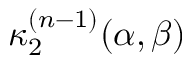
\kappa _ { 2 } ^ { ( n - 1 ) } ( \alpha , \beta )